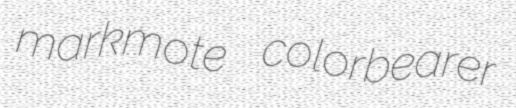
markmote colorbearer